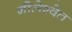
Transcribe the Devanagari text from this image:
नीलेश्वेत